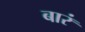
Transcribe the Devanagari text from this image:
बारं